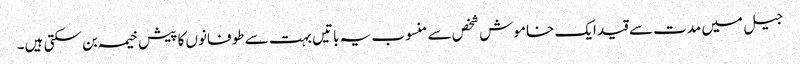
جیل میں مدت سے قید ایک خاموش شخص سے منسوب یہ باتیں بہت سے طوفانوں کا پیش خیمہ بن سکتی ہیں۔